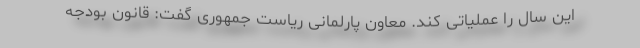
این سال را عملیاتی کند. معاون پارلمانی ریاست جمهوری گفت: قانون بودجه